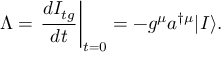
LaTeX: \Lambda = \left. \frac { d I _ { t g } } { d t } \right| _ { t = 0 } = - g ^ { \mu } a ^ { \dagger \mu } | I \rangle .